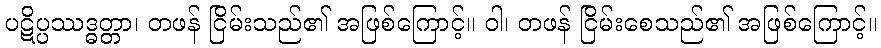
ပဋိပ္ပဿဒ္ဓတ္တာ၊ တဖန် ငြိမ်းသည်၏ အဖြစ်ကြောင့်။ ဝါ၊ တဖန် ငြိမ်းစေသည်၏ အဖြစ်ကြောင့်။